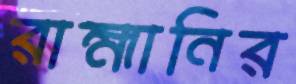
রাহ্মানির